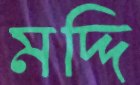
মদ্দি